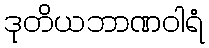
ဒုတိယဘာဏဝါရံ